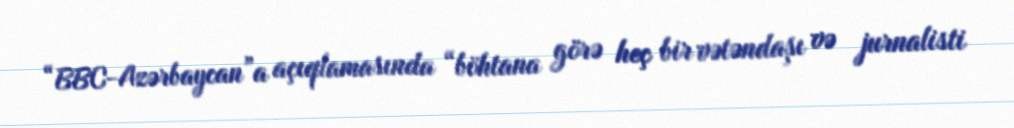
“BBC-Azərbaycan”a açıqlamasında “böhtana görə heç bir vətəndaşı və jurnalisti